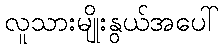
လူသားမျိုးနွယ်အပေါ်